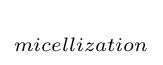
_{micellization}